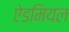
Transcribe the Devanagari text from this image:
ऐडमियल